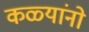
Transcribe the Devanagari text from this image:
कळ्यांनो